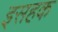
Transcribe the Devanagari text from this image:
इसहक